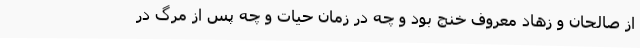
از صالحان و زهاد معروف خنج بود و چه در زمان حیات و چه پس از مرگ در